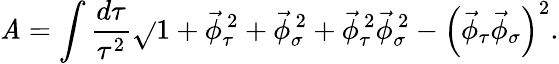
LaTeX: \mathit{A}=\int\frac{{d\tau}}{{\tau^{2}}}\sqrt{}{{{1+\vec{{\phi}}_{\tau}^{\, 2}+\vec{{\phi}}_{\sigma}^{\, 2}+\vec{{\phi}}_{\tau}^{\, 2}\vec{{\phi}}_{\sigma}^{\, 2}-\left(\vec{{\phi}}_{\tau}\vec{{\phi}}_{\sigma}\right)^{2}}}}.